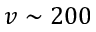
v \sim 2 0 0